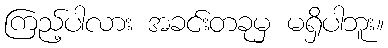
ကြည့်ပါလား အခင်းတခုမှ မရှိပါဘူး။